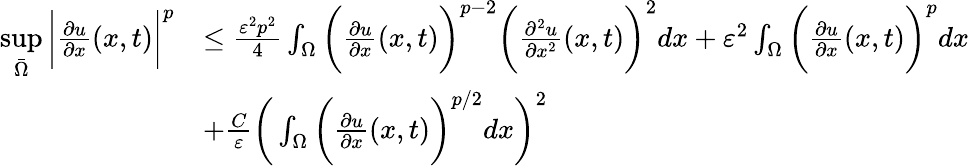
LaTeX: \begin{array}{rl}{\underset{\bar{\Omega}}{\operatorname*{sup}}\bigg|\frac{\partial u}{\partial x}(x,t)\bigg|^{p}}&{\leq\frac{\varepsilon^{2}p^{2}}{4}\int_{\Omega}\bigg(\frac{\partial u}{\partial x}(x,t)\bigg)^{p-2}\bigg(\frac{\partial^{2}u}{\partial x^{2}}(x,t)\bigg)^{2}dx+\varepsilon^{2}\int_{\Omega}\bigg(\frac{\partial u}{\partial x}(x,t)\bigg)^{p}dx}\\ &{+\frac{C}{\varepsilon}\bigg(\int_{\Omega}\bigg(\frac{\partial u}{\partial x}(x,t)\bigg)^{p/2}dx\bigg)^{2}}\end{array}